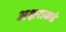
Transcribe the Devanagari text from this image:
अक्षराकडे